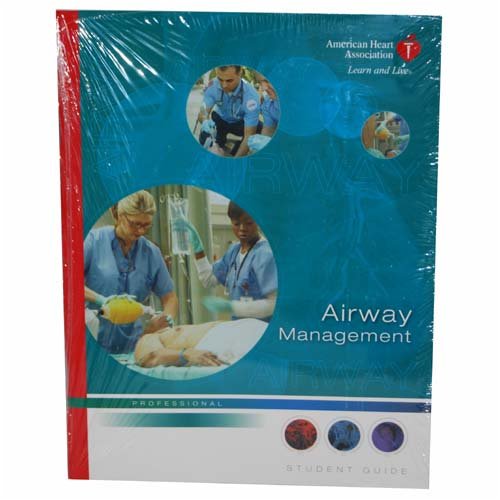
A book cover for Airway Management: Student Guide; Health, Fitness & Dieting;